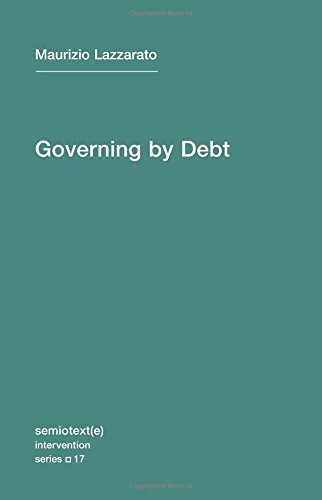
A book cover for Governing by Debt (Semiotext(e) / Intervention Series); Maurizio Lazzarato; Business & Money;